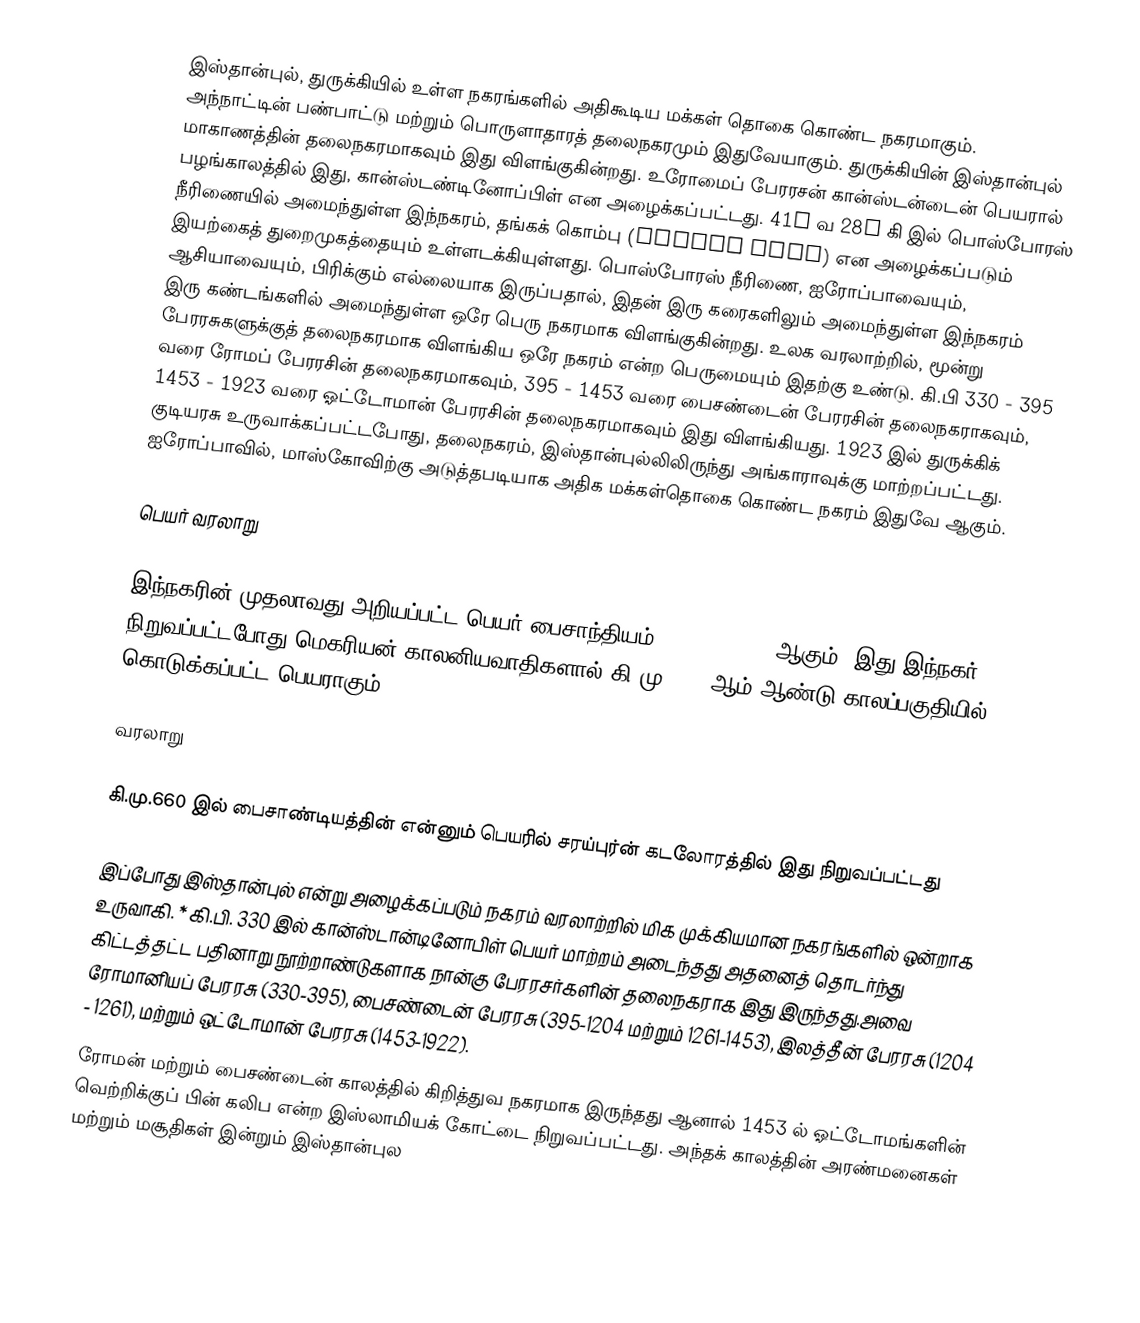
இஸ்தான்புல், துருக்கியில் உள்ள நகரங்களில் அதிகூடிய மக்கள் தொகை கொண்ட நகரமாகும். அந்நாட்டின் பண்பாட்டு மற்றும் பொருளாதாரத் தலைநகரமும் இதுவேயாகும். துருக்கியின் இஸ்தான்புல் மாகாணத்தின் தலைநகரமாகவும் இது விளங்குகின்றது. உரோமைப் பேரரசன் கான்ஸ்டன்டைன் பெயரால் பழங்காலத்தில் இது, கான்ஸ்டண்டினோப்பிள் என அழைக்கப்பட்டது. 41° வ 28° கி இல் பொஸ்போரஸ் நீரிணையில் அமைந்துள்ள இந்நகரம், தங்கக் கொம்பு (Golden Horn) என அழைக்கப்படும் இயற்கைத் துறைமுகத்தையும் உள்ளடக்கியுள்ளது. பொஸ்போரஸ் நீரிணை, ஐரோப்பாவையும், ஆசியாவையும், பிரிக்கும் எல்லையாக இருப்பதால், இதன் இரு கரைகளிலும் அமைந்துள்ள இந்நகரம் இரு கண்டங்களில் அமைந்துள்ள ஒரே பெரு நகரமாக விளங்குகின்றது. உலக வரலாற்றில், மூன்று பேரரசுகளுக்குத் தலைநகரமாக விளங்கிய ஒரே நகரம் என்ற பெருமையும் இதற்கு உண்டு. கி.பி 330 - 395 வரை ரோமப் பேரரசின் தலைநகரமாகவும், 395 - 1453 வரை பைசண்டைன் பேரரசின் தலைநகராகவும், 1453 - 1923 வரை ஓட்டோமான் பேரரசின் தலைநகரமாகவும் இது விளங்கியது. 1923 இல் துருக்கிக் குடியரசு உருவாக்கப்பட்டபோது, தலைநகரம், இஸ்தான்புல்லிலிருந்து அங்காராவுக்கு மாற்றப்பட்டது. ஐரோப்பாவில், மாஸ்கோவிற்கு அடுத்தபடியாக அதிக மக்கள்தொகை கொண்ட நகரம் இதுவே ஆகும்.

பெயர் வரலாறு

இந்நகரின் முதலாவது அறியப்பட்ட பெயர் பைசாந்தியம் (, Byzántion) ஆகும். இது இந்நகர் நிறுவப்பட்டபோது மெகரியன் காலனியவாதிகளால் கி.மு. 660 ஆம் ஆண்டு காலப்பகுதியில் கொடுக்கப்பட்ட பெயராகும்.

வரலாறு

 கி.மு.660 இல் பைசாண்டியத்தின் என்னும் பெயரில் சரய்புர்ன் கடலோரத்தில் இது நிறுவப்பட்டது

இப்போது இஸ்தான்புல் என்று அழைக்கப்படும் நகரம் வரலாற்றில் மிக முக்கியமான நகரங்களில் ஒன்றாக உருவாகி. * கி.பி. 330 இல் கான்ஸ்டான்டினோபிள் பெயர் மாற்றம் அடைந்தது அதனைத் தொடர்ந்து கிட்டத்தட்ட பதினாறு நூற்றாண்டுகளாக நான்கு பேரரசர்களின் தலைநகராக இது இருந்தது.அவை ரோமானியப் பேரரசு (330-395), பைசண்டைன் பேரரசு (395-1204 மற்றும் 1261-1453), இலத்தீன் பேரரசு (1204 - 1261), மற்றும் ஒட்டோமான் பேரரசு (1453-1922).
 ரோமன் மற்றும் பைசண்டைன் காலத்தில் கிறித்துவ நகரமாக இருந்தது ஆனால்  1453 ல் ஓட்டோமங்களின் வெற்றிக்குப் பின் கலிப என்ற இஸ்லாமியக் கோட்டை நிறுவப்பட்டது. அந்தக் காலத்தின் அரண்மனைகள் மற்றும் மசூதிகள் இன்றும் இஸ்தான்புல